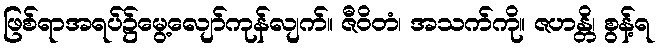
ဖြစ်ရာအရပ်၌မွေ့လျော်ကုန်လျက်။ ဇီဝိတံ၊ အသက်ကို။ ဇဟန္တိ၊ စွန့်ရ